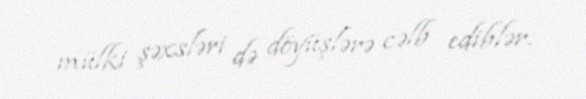
mülki şəxsləri də döyüşlərə cəlb ediblər.